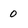
Character: 0